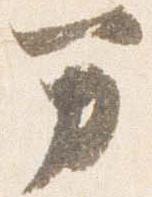
万